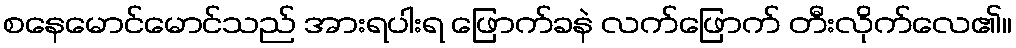
စနေမောင်မောင်သည် အားရပါးရ ဖြောက်ခနဲ လက်ဖြောက် တီးလိုက်လေ၏။